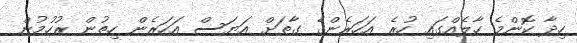
ހިދާ ކޮންމެ ހާލެއްގައި ހުރެ އަހަރެންގެ ގާތަށް އަޔަސް އަހަރެން ހިތުން ރުހުމުން